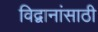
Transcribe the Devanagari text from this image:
विद्वानांसाठी